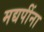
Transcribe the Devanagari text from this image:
मद्यपींना